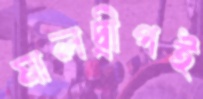
মালদ্বীপই